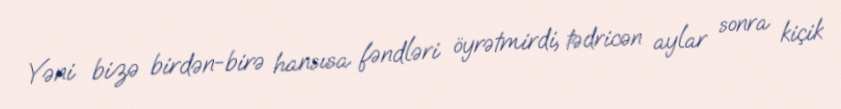
Yəni bizə birdən-birə hansısa fəndləri öyrətmirdi, tədricən aylar sonra kiçik